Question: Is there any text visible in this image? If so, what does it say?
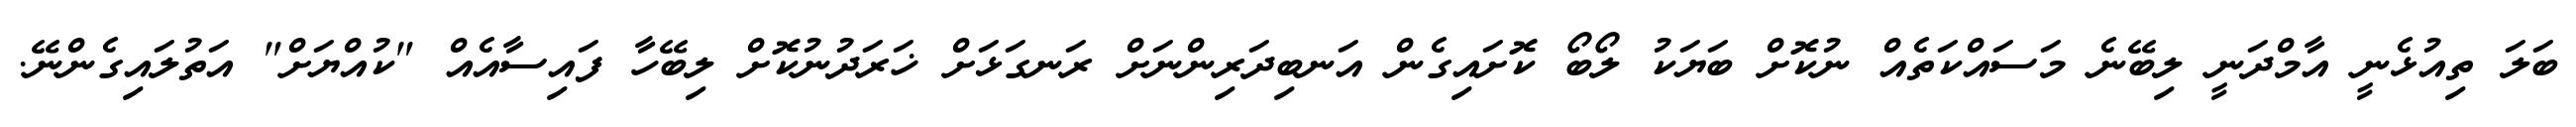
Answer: ބަލަ ތިއުޅެނީ އާމްދަނީ ލިބޭނެ މަސައްކަތެއް ނުކޮށް ބަޔަކު ލޯބޯ ކޮށައިގެން އަނބިދަރިންނަށް ރަނގަޅަށް ޚަރަދުނުކޮށް ލިބޭހާ ފައިސާއެއް "ކުއްޔަށް" އަތުލައިގެންނޭ.